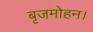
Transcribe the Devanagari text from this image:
बृजमोहन।